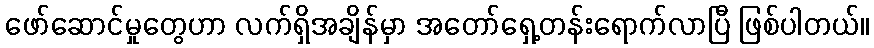
ဖော်ဆောင်မှုတွေဟာ လက်ရှိအချိန်မှာ အတော်ရှေ့တန်းရောက်လာပြီ ဖြစ်ပါတယ်။